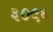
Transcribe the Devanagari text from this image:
३०९६